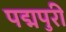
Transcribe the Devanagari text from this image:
पद्मपुरी